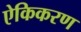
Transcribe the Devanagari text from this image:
ऐकिकरण